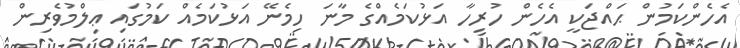
އެހެންކަމުން ޙައްޖަކީ އެހެން ހުރިހާ އަޅުކަމެއްގެ މާނަ ހިމެނޭ އަޅުކަމެއް ކަމުގައި ޢިލްމުވެރިން